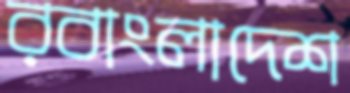
রবাংলাদেশ